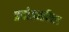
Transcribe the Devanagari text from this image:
प्रयोजनविचार